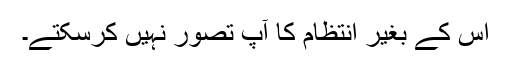
اس کے بغیر انتظام کا آپ تصور نہیں کرسکتے۔